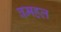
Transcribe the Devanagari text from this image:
वमहल